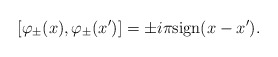
\begin{align*}[\varphi_{\pm}(x), \varphi_{\pm}(x')]=\pm i \pi \mbox{sign}(x-x').\end{align*}